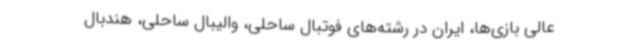
عالی بازی‌ها، ایران در رشته‌های فوتبال ساحلی، والیبال ساحلی، هندبال